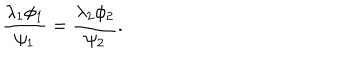
LaTeX: \frac { \lambda _ { 1 } \phi _ { 1 } } { \psi _ { 1 } } = \frac { \lambda _ { 2 } \phi _ { 2 } } { \psi _ { 2 } } .